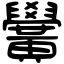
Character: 黌